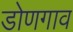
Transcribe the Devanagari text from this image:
डोणगाव